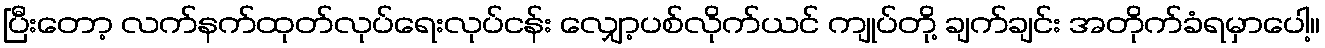
ပြီးတော့ လက်နက်ထုတ်လုပ်ရေးလုပ်ငန်း လျှော့ပစ်လိုက်ယင် ကျုပ်တို့ ချက်ချင်း အတိုက်ခံရမှာပေါ့။